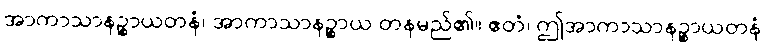
အာကာသာနဉ္စာယတနံ၊ အာကာသာနဉ္စာယ တနမည်၏။ ဧတံ၊ ဤအာကာသာနဉ္စာယတနံ